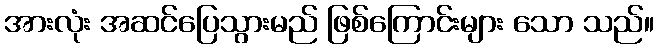
အားလုံး အဆင်ပြေသွားမည် ဖြစ်ကြောင်းများ သော သည်။